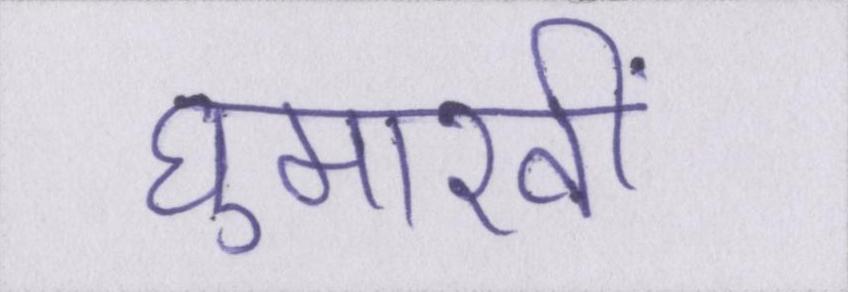
घुमारवीं